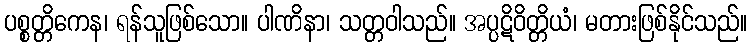
ပစ္စတ္တိကေန၊ ရန်သူဖြစ်သော။ ပါဏိနာ၊ သတ္တဝါသည်။ အပ္ပဋိဝိတ္တိယံ၊ မတားဖြစ်နိုင်သည်။